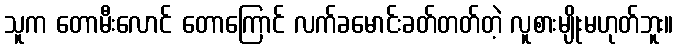
သူက တောမီးလောင် တောကြောင် လက်ခမောင်းခတ်တတ်တဲ့ လူစားမျိုးမဟုတ်ဘူး။